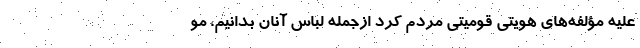
علیه مؤلفه‌های هویتی قومیتی مردم کُرد ازجمله لباس آنان بدانیم، مو